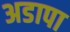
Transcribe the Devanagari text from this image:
अडापा